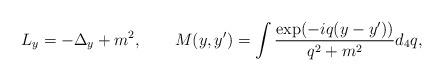
\begin{align*}L_y =-\Delta_y+m^2,\qquad M(y,y')=\int\frac{\exp(-iq(y-y'))}{q^2+m^2}d_4q,\end{align*}